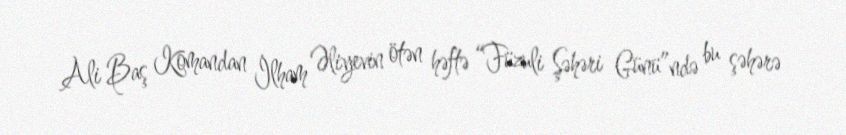
Ali Baş Komandan İlham Əliyevin ötən həftə “Füzuli Şəhəri Günü”ndə bu şəhərə